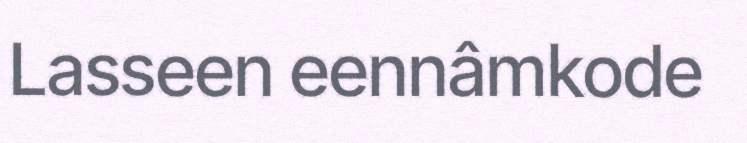
Lasseen eennâmkode